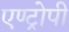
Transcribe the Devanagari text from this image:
एण्ट्रोपी